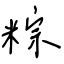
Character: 粽